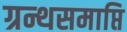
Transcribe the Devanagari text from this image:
ग्रन्थसमाप्ति